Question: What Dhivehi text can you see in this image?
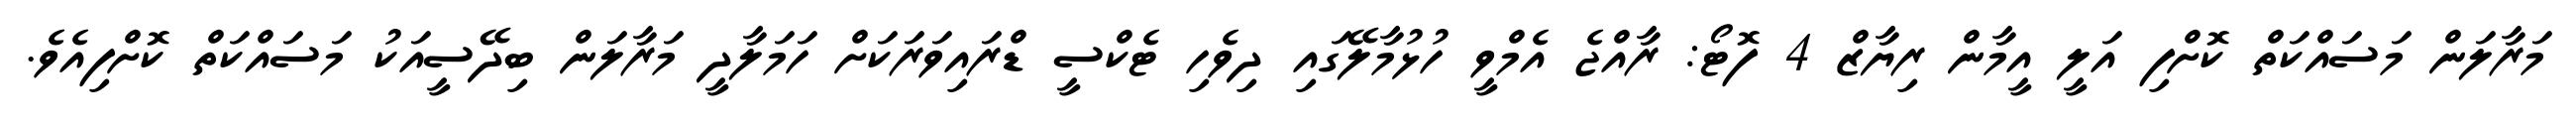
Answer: މަރާލަން މަސައްކަތް ކޮށްފި އަލީ އީމާން ރިޔާޒް 4 ފޮޓޯ: ރާއްޖެ އެމްވީ ހުޅުމާލޭގައި ދިވެހި ޓެކްސީ ޑްރައިވަރަކަށް ހަމަލާދީ މަރާލަން ބިދޭސީއަކު މަސައްކަތް ކޮށްފިއެވެ.